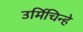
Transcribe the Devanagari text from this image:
उर्मिचिन्हे